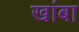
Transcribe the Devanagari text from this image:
खांबा